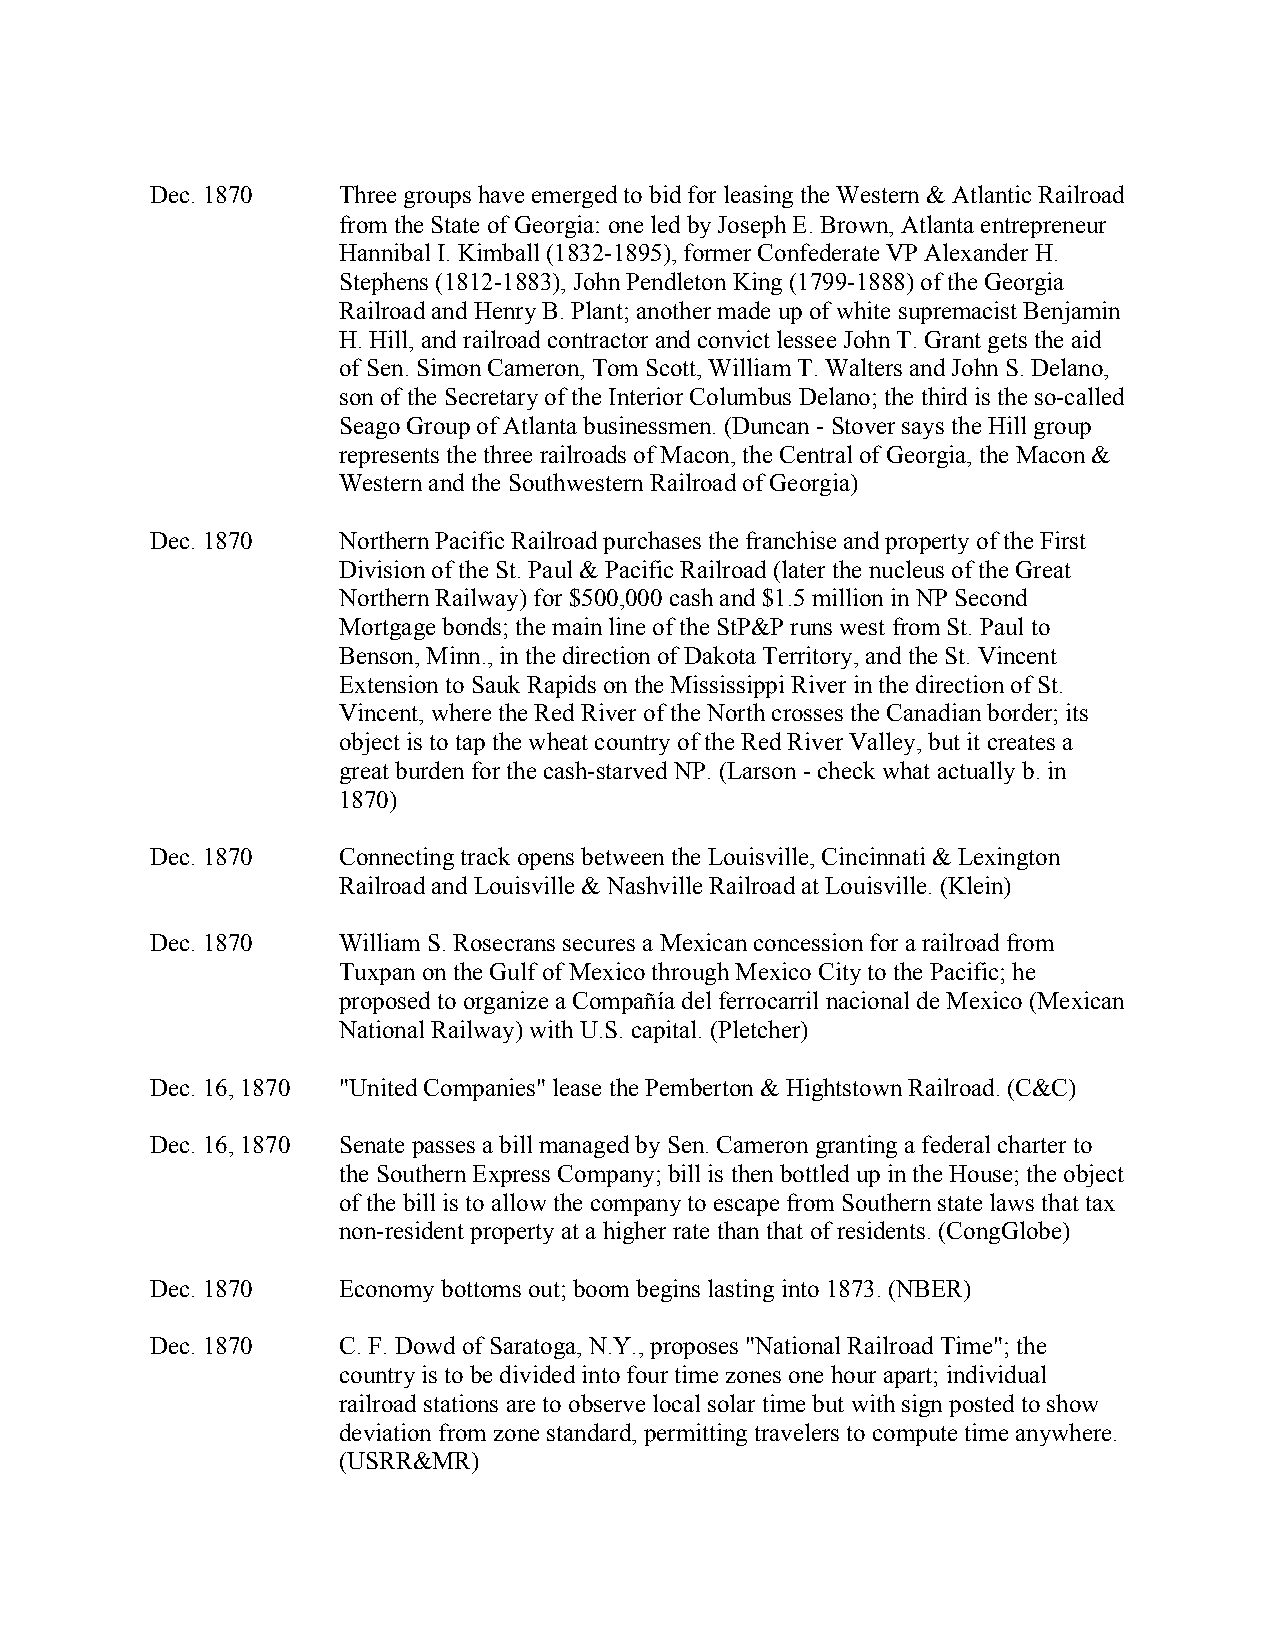
Dec. 1870   Three groups have emerged to bid for leasing the Western & Atlantic Railroad
 from the State of Georgia: one led by Joseph E. Brown, Atlanta entrepreneur
 Hannibal I. Kimball (1832-1895), former Confederate VP Alexander H.
 Stephens (1812-1883), John Pendleton King (1799-1888) of the Georgia
 Railroad and Henry B. Plant; another made up of white supremacist Benjamin
 H. Hill, and railroad contractor and convict lessee John T. Grant gets the aid
 of Sen. Simon Cameron, Tom Scott, William T. Walters and John S. Delano,
 son of the Secretary of the Interior Columbus Delano; the third is the so-called
 Seago Group of Atlanta businessmen. (Duncan - Stover says the Hill group
 represents the three railroads of Macon, the Central of Georgia, the Macon &
 Western and the Southwestern Railroad of Georgia)
 Dec. 1870   Northern Pacific Railroad purchases the franchise and property of the First
 Division of the St. Paul & Pacific Railroad (later the nucleus of the Great
 Northern Railway) for $500,000 cash and $1.5 million in NP Second
 Mortgage bonds; the main line of the StP&P runs west from St. Paul to
 Benson, Minn., in the direction of Dakota Territory, and the St. Vincent
 Extension to Sauk Rapids on the Mississippi River in the direction of St.
 Vincent, where the Red River of the North crosses the Canadian border; its
 object is to tap the wheat country of the Red River Valley, but it creates a
 great burden for the cash-starved NP. (Larson - check what actually b. in
 1870)
 Dec. 1870   Connecting track opens between the Louisville, Cincinnati & Lexington
 Railroad and Louisville & Nashville Railroad at Louisville. (Klein)
 Dec. 1870   William S. Rosecrans secures a Mexican concession for a railroad from
 Tuxpan on the Gulf of Mexico through Mexico City to the Pacific; he
 proposed to organize a Compañía del ferrocarril nacional de Mexico (Mexican
 National Railway) with U.S. capital. (Pletcher)
 Dec. 16, 1870 "United Companies" lease the Pemberton & Hightstown Railroad. (C&C)
 Dec. 16, 1870 Senate passes a bill managed by Sen. Cameron granting a federal charter to
 the Southern Express Company; bill is then bottled up in the House; the object
 of the bill is to allow the company to escape from Southern state laws that tax
 non-resident property at a higher rate than that of residents. (CongGlobe)
 Dec. 1870   Economy bottoms out; boom begins lasting into 1873. (NBER)
 Dec. 1870   C. F. Dowd of Saratoga, N.Y., proposes "National Railroad Time"; the
 country is to be divided into four time zones one hour apart; individual
 railroad stations are to observe local solar time but with sign posted to show
 deviation from zone standard, permitting travelers to compute time anywhere.
 (USRR&MR)